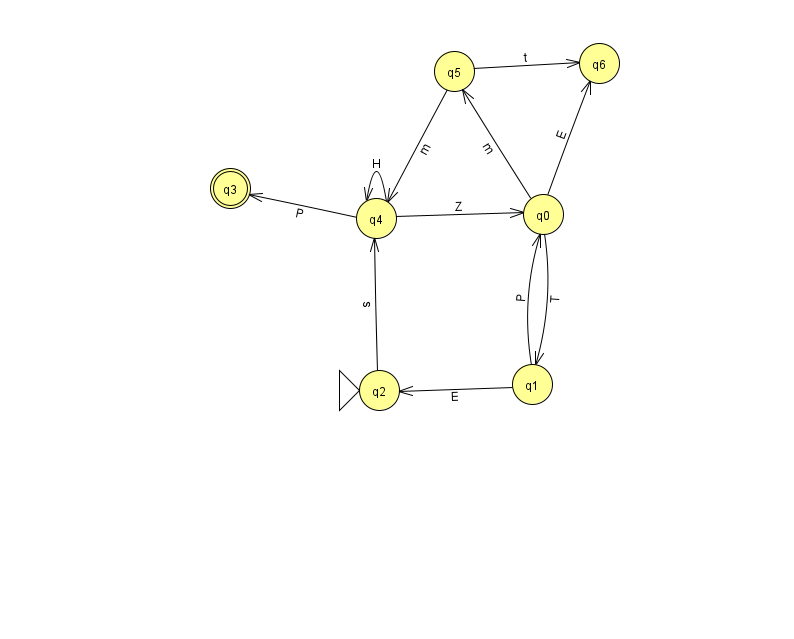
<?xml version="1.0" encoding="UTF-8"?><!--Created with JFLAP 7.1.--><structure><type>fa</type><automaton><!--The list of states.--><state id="0" name="q0"><x>543.0</x><y>201.0</y></state><state id="1" name="q1"><x>532.0</x><y>371.0</y></state><state id="2" name="q2"><x>379.0</x><y>377.0</y><initial/></state><state id="3" name="q3"><x>230.0</x><y>175.0</y><final/></state><state id="4" name="q4"><x>376.0</x><y>205.0</y></state><state id="5" name="q5"><x>454.0</x><y>58.0</y></state><state id="6" name="q6"><x>599.0</x><y>50.0</y></state><!--The list of transitions.--><transition><from>0</from><to>6</to><read>E</read></transition><transition><from>4</from><to>0</to><read>Z</read></transition><transition><from>5</from><to>6</to><read>t</read></transition><transition><from>4</from><to>3</to><read>P</read></transition><transition><from>5</from><to>4</to><read>m</read></transition><transition><from>4</from><to>4</to><read>H</read></transition><transition><from>0</from><to>1</to><read>T</read></transition><transition><from>2</from><to>4</to><read>s</read></transition><transition><from>1</from><to>2</to><read>E</read></transition><transition><from>1</from><to>0</to><read>P</read></transition><transition><from>0</from><to>5</to><read>m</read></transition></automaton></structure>